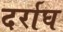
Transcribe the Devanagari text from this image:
दर्राघ